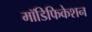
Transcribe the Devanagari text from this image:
मॉडिफिकेशन